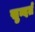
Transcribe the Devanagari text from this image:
सुन्दर्त